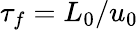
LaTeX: \tau_{f}=L_{0}/u_{0}